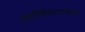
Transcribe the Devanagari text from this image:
अंतर्स्थिकलात्मक